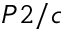
P 2 / c